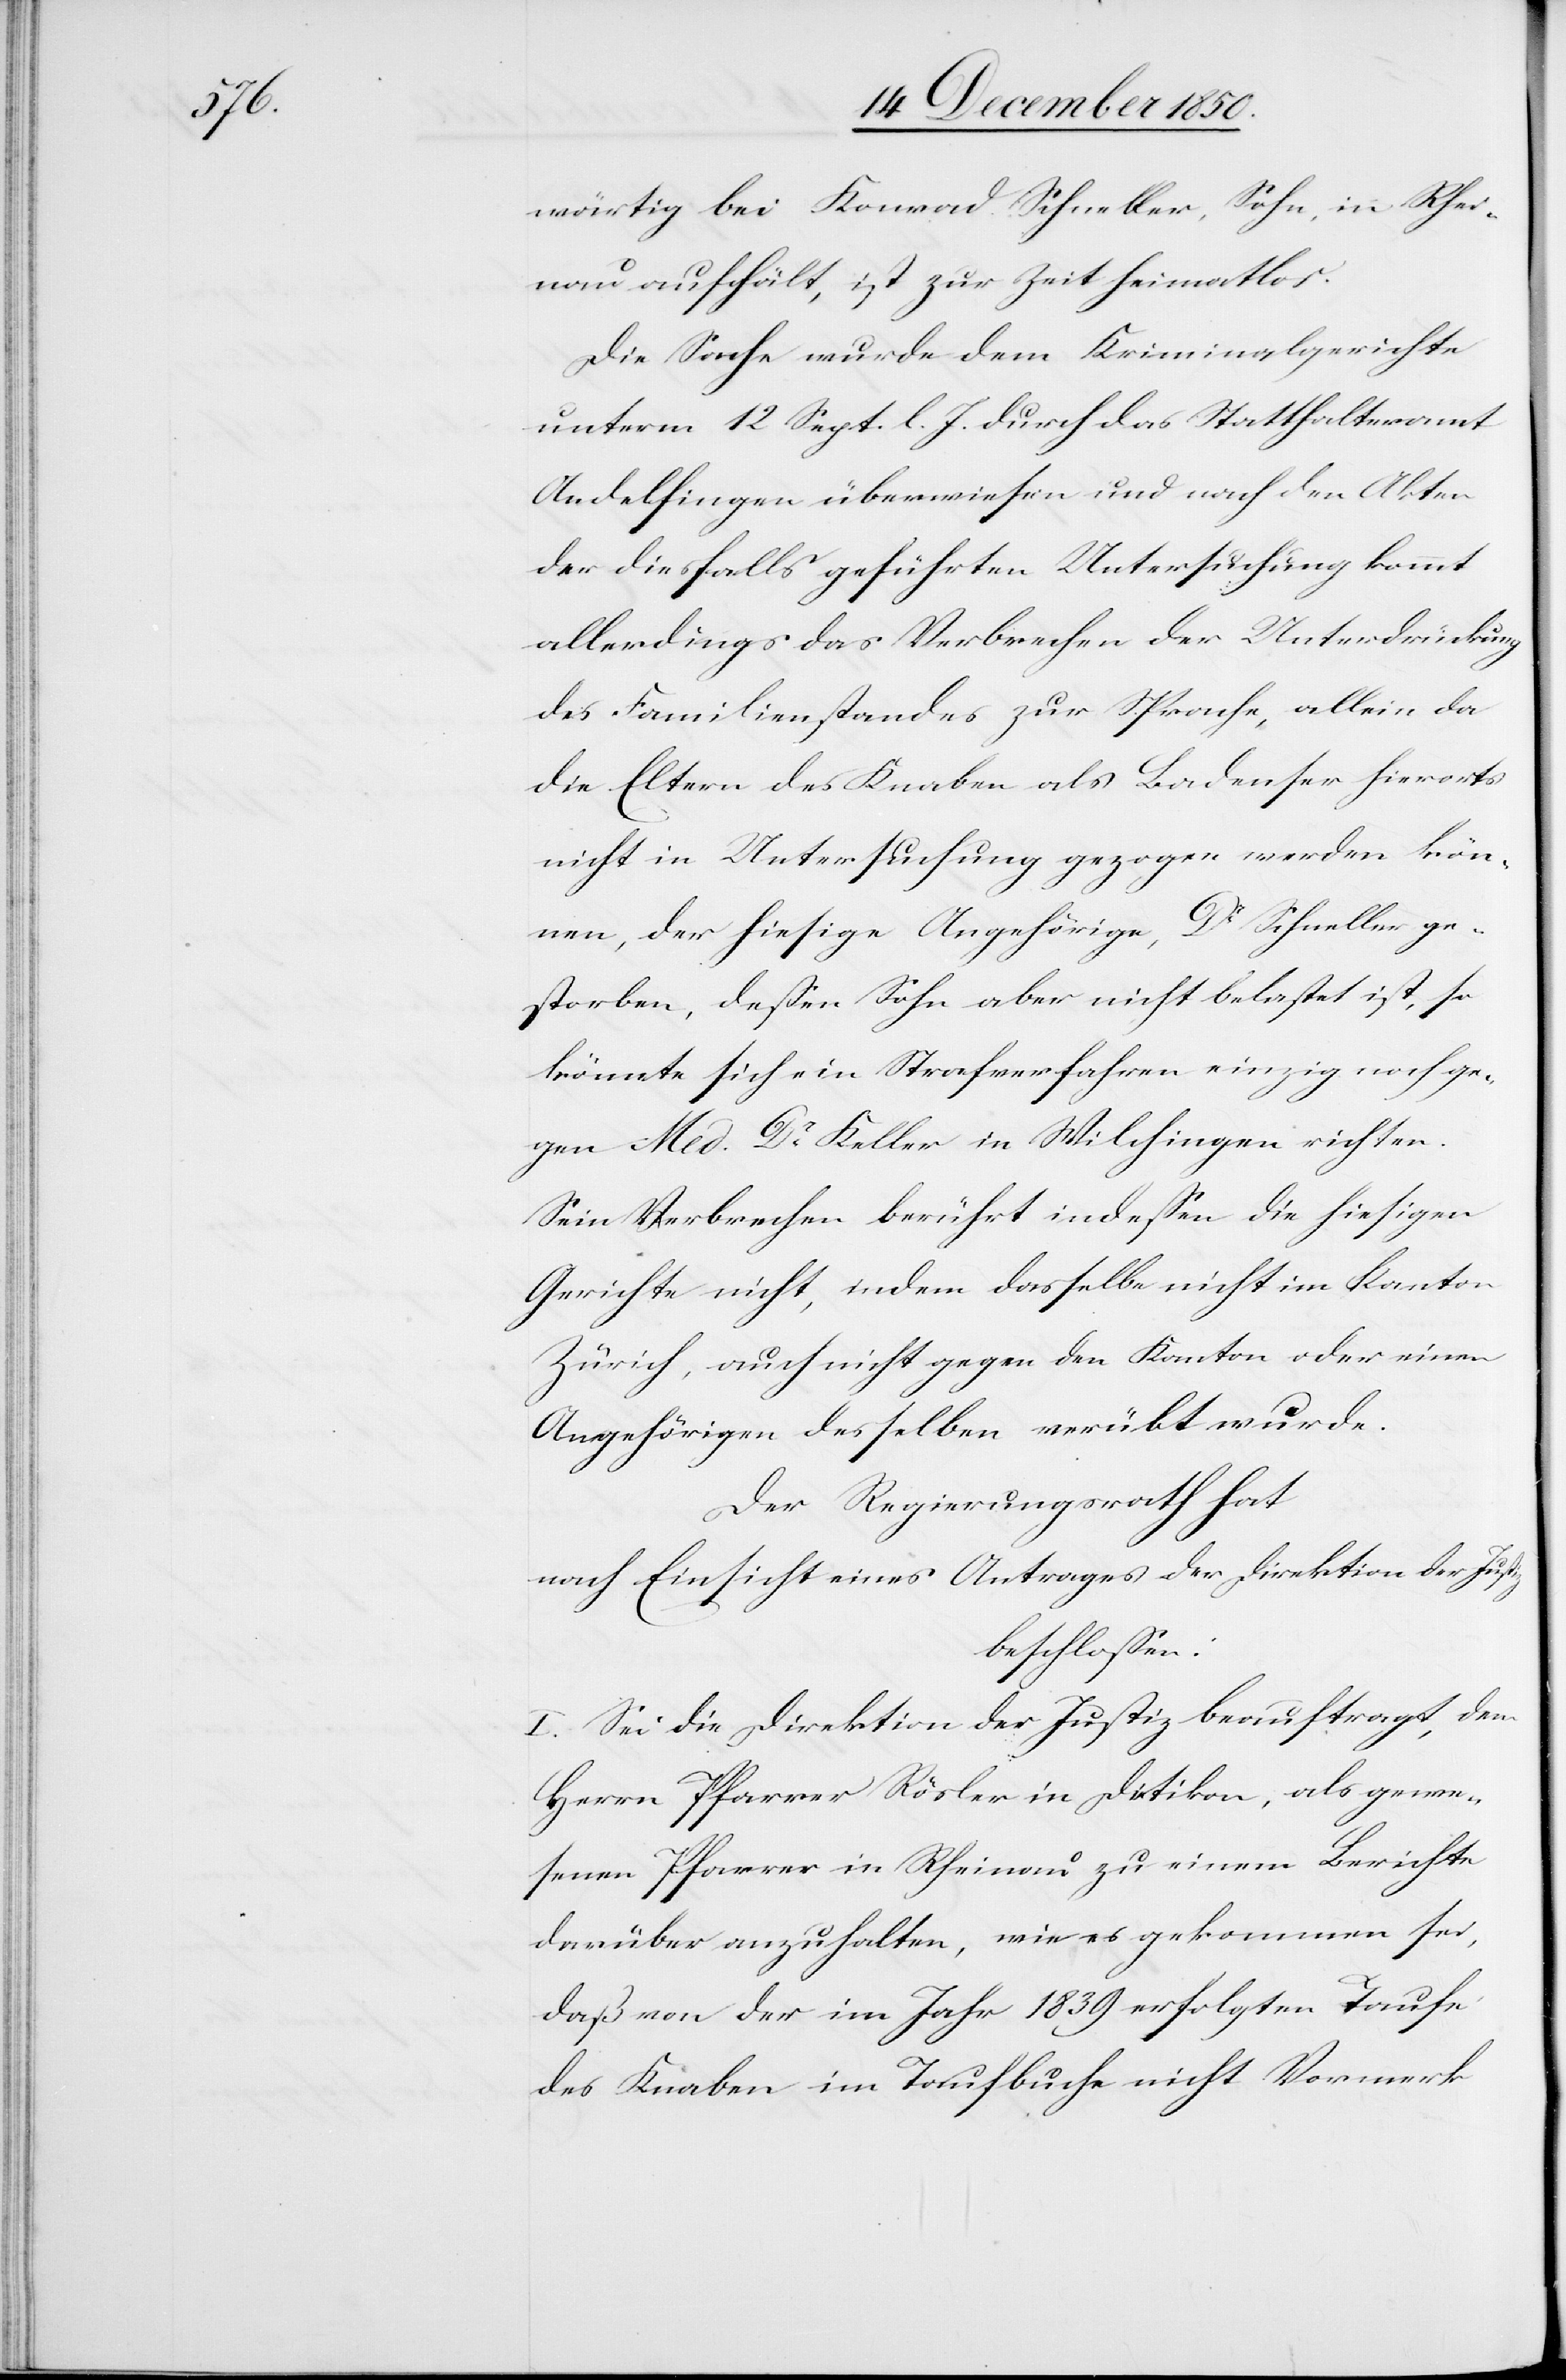
wärtig bei Konrad Schneller, Sohn, in Rhei¬
nau aufhält, ist zur Zeit heimatlos.
Die Sache wurde dem Kriminalgerichte
unterm 12 Sept. l. J. durch das Statthalteramt
Andelfingen überwiesen und nach den Akten
der diesfalls geführten Untersuchung kommt
allerdings das Verbrechen der Unterdrückung
des Familienstandes zur Sprache, allein da
die Eltern des Knaben als Badenser hierorts
nicht in Untersuchung gezogen werden kön¬
nen, der hiesige Angehörige, Dr Schneller ge¬
storben, dessen Sohn aber nicht belastet ist, so
könnte sich ein Strafverfahren einzige noch ge¬
gen Med. Dr Keller in Wilchingen richten.
Sein Verbrechen berührt indessen die hiesigen
Gerichte nicht, indem dasselbe nicht im Kanton
Zürich, auch nicht gegen den Kanton oder einen
Angehörigen desselben verübt wurde.
Der Regierungsrath hat
nach Einsicht eines Antrages der Direktion der Justiz
beschlossen:
I. Sei die Direktion der Justiz beauftragt, dem
Herrn Pfarrer Rösler in Dietikon, als gewe¬
senen Pfarrer in Rheinau zu einem Berichte
darüber anzuhalten, wie es gekommen sei,
daß von der im Jahr 1839 erfolgten Taufe
des Knaben im Taufbuche nicht Vormerk